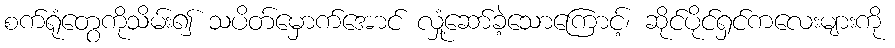
စက်ရုံတွေကိုသိမ်း၍ သပိတ်မှောက်အောင် လှုံ့ဆော်ခဲ့သောကြောင့်၊ ဆိုင်ပိုင်ရှင်ကလေးများကို